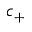
c _ { + }